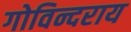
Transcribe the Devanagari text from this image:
गोविन्दराय